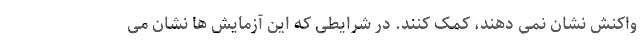
واکنش نشان نمی دهند، کمک کنند. در شرایطی که این آزمایش ها نشان می